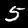
Digit: 5